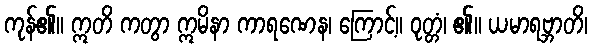
ကုန်၏။ ဣတိ ကတွာ ဣမိနာ ကာရဏေန၊ ကြောင့်။ ဝုတ္တံ၊ ၏။ ယမာရဗ္ဘာတိ၊